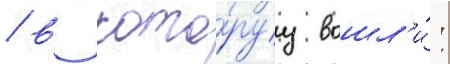
/ в кото́руу вошл'и́: